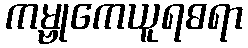
ကမ္ဗုကေယူရဓရာ